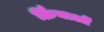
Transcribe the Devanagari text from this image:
र्क्रियाओं